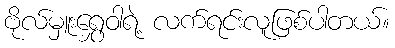
ဗိုလ်မှူးရွှေဝါရဲ့ လက်ရင်းလူဖြစ်ပါတယ်။